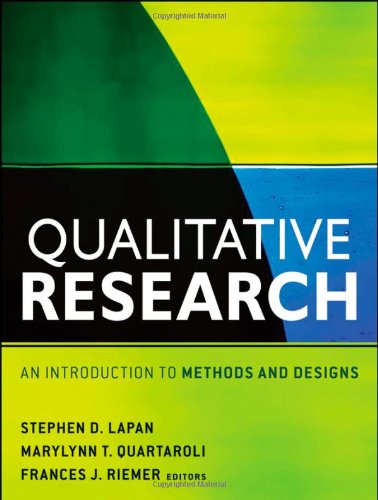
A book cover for Qualitative Research: An Introduction to Methods and Designs; Business & Money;